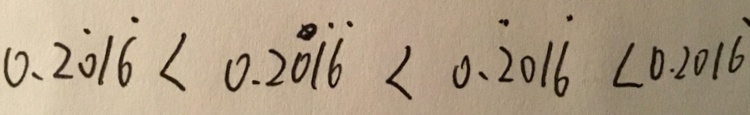
0 . 2 \dot { 0 } 1 \dot { 6 } < 0 . 2 0 \dot { 1 } \dot { 6 } < 0 . \dot { 2 } 0 1 \dot { 6 } < 0 . 2 0 1 \dot { 6 }